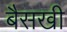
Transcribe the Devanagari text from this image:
बैसखी